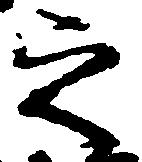
之